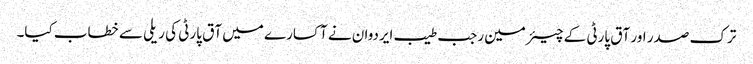
ترک صدر اور آق پارٹی کے چیئرمین رجب طیب ایردوان نے آکسارے میں آق پارٹی کی ریلی سے خطاب کیا۔